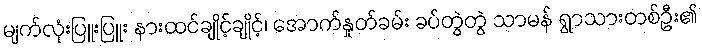
မျက်လုံးပြူးပြူး နားထင်ချိုင့်ချိုင့်၊ အောက်နှုတ်ခမ်း ခပ်တွဲတွဲ သာမန် ရွာသားတစ်ဦး၏